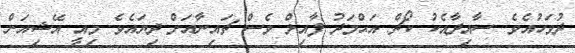
ދުުވަހުއެވެ. ސާއިދާއެކު ކޯޗް އަޙްމަދު ފާއިލް ވެސް ޗައިނާއަށް ދިޔައެވެ. މިއީ އޭޝިއަން